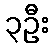
၃ဦး